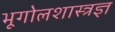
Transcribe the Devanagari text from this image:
भूगोलशास्त्रज्ञ